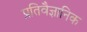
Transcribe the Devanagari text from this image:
प्रतिवैज्ञानिक